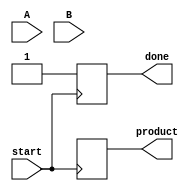
module async_wallace_tree_multiplier #(parameter A_WIDTH = 4, B_WIDTH = 4)(
    input [A_WIDTH-1:0] A,
    input [B_WIDTH-1:0] B,
    input start,
    output reg [A_WIDTH+B_WIDTH-1:0] product,
    output reg done
);

    // Internal signals
    reg [A_WIDTH+B_WIDTH-1:0] partial_products[A_WIDTH-1:0];
    reg [A_WIDTH+B_WIDTH-1:0] sum, carry;
    integer i, j;

    // Generate partial products
    always @(*) begin
        for (i = 0; i < A_WIDTH; i = i + 1) begin
            for (j = 0; j < B_WIDTH; j = j + 1) begin
                partial_products[i][i + j] = A[i] & B[j]; // AND operation for partial product
            end
        end
    end

    // Wallace Tree Reduction
    always @(posedge start) begin
        done = 0;
        sum = 0;
        carry = 0;

        // Reduce partial products using half adders and full adders
        for (i = 0; i < A_WIDTH + B_WIDTH - 1; i = i + 1) begin
            sum = 0;
            carry = 0;

            // Combine partial products
            for (j = 0; j < A_WIDTH; j = j + 1) begin
                if (i < A_WIDTH + B_WIDTH - 1) begin
                    // Full adder logic
                    if (j < A_WIDTH && i - j < B_WIDTH) begin
                        {carry, sum} = sum + partial_products[j][i - j] + carry;
                    end
                end
            end

            // Assign the sum and carry to the next stage
            if (i < A_WIDTH + B_WIDTH - 2) begin
                partial_products[i + 1] = {carry, sum}; // Shift for the next level
            end else begin
                product = sum + carry; // Final product
            end
        end

        // Indicate completion
        done = 1;
    end

endmodule